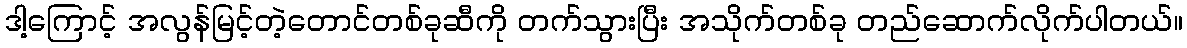
ဒါ့ကြောင့် အလွန်မြင့်တဲ့တောင်တစ်ခုဆီကို တက်သွားပြီး အသိုက်တစ်ခု တည်ဆောက်လိုက်ပါတယ်။